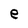
Character: e